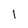
Character: 1